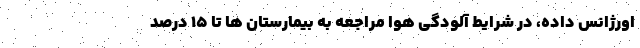
اورژانس داده، در شرایط آلودگی هوا مراجعه به بیمارستان ها تا ۱۵ درصد